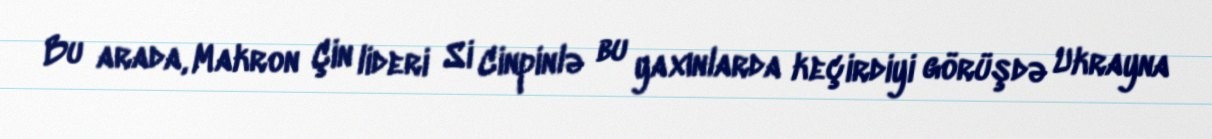
Bu arada, Makron Çin lideri Si Cinpinlə bu yaxınlarda keçirdiyi görüşdə Ukrayna